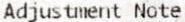
ADJUSTMENT NOTE